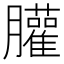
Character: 䑏